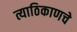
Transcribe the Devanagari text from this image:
त्याठिकाणचे